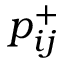
p _ { i j } ^ { + }